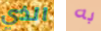
الذي به